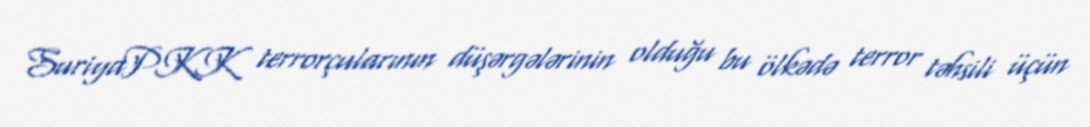
SuriyaPKK terrorçularının düşərgələrinin olduğu bu ölkədə terror təhsili üçün